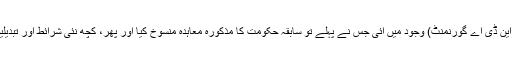
2014 کے انتخابات میں بی جے پی کی اتحادی حکومت (این ڈی اے گورنمنٹ) وجود میں آئی جس نے پہلے تو سابقہ حکومت کا مذکورہ معاہدہ منسوخ کیا اور پھر، کچھ نئی شرائط اور تبدیلیوں کے ساتھ، رافیل طیارے خریدنے کا ایک نیا معاہدہ کیا۔